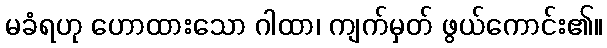
မခံရဟု ဟောထားသော ဂါထာ၊ ကျက်မှတ် ဖွယ်ကောင်း၏။